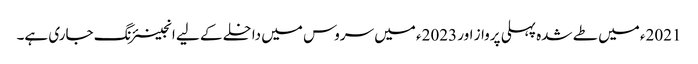
2021ء میں طے شدہ پہلی پرواز اور 2023ء میں سروس میں داخلے کے لیے انجینئرنگ جاری ہے۔